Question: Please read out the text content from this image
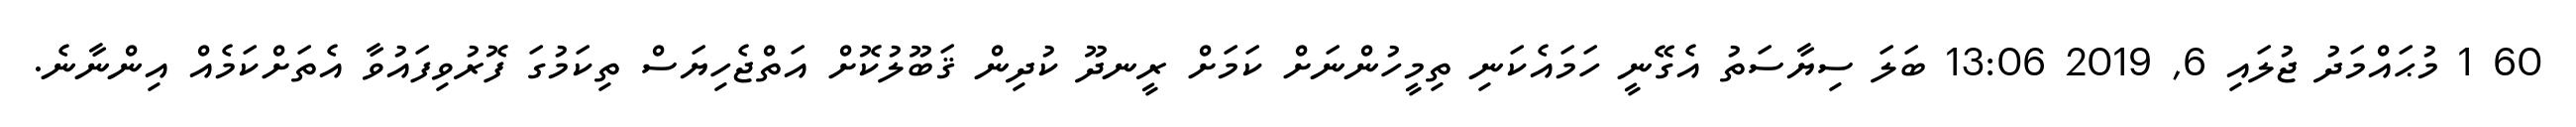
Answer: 60 1 މުޙައްމަދު ޖުލައި 6, 2019 13:06 ބަލަ ސިޔާސަތު އެގޭނީ ހަމައެކަނި ތިމީހުންނަށް ކަމަށް ރީނދޫ ކުދިން ޤަބޫލުކޮށް އަތްޖެހިޔަސް ތިކަމުގަ ފޮރުވިފައުވާ އެތަށްކަމެއް އިންނާނެ.